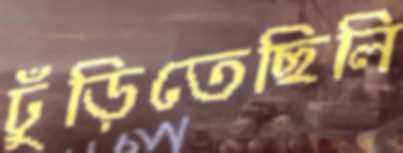
ঢুঁড়িতেছিলি